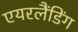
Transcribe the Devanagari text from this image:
एयरलैंडिंग